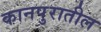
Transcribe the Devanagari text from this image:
कानपुरातील